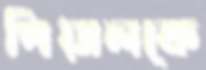
পিয়ালকে